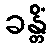
ခန္တိံ